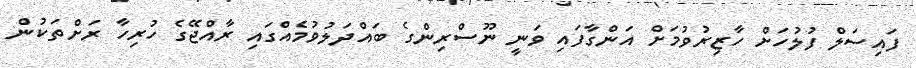
ފައިސަލް ފުލުހަށް ހާޒިރުވުމަށް އަންގާފައި ވަނީ ނޫސްރިންގެ ބައްދަލުވުމެއްގައި ރާއްޖޭގެ ހުރިހާ ރަށްތަކުން